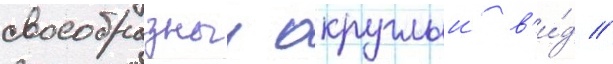
своеобразныи округлыи в'и́д //